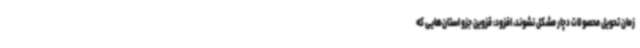
زمان تحویل محصولات دچار مشکل نشوند، افزود: قزوین جزو استان‌هایی که